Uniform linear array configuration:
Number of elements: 32
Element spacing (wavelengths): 0.5
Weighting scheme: blackman
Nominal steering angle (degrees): -30
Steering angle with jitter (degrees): -28.838
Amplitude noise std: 0.05
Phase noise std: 0.05

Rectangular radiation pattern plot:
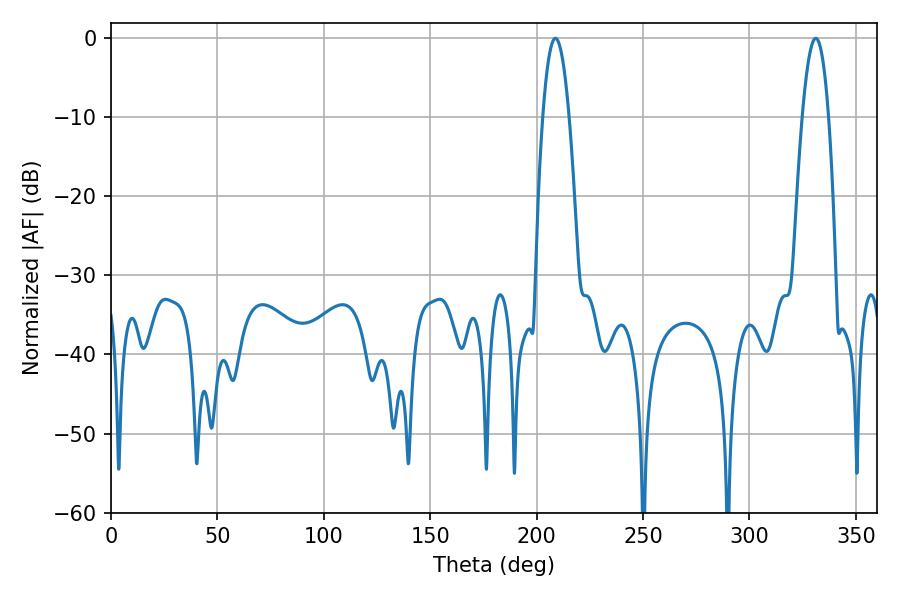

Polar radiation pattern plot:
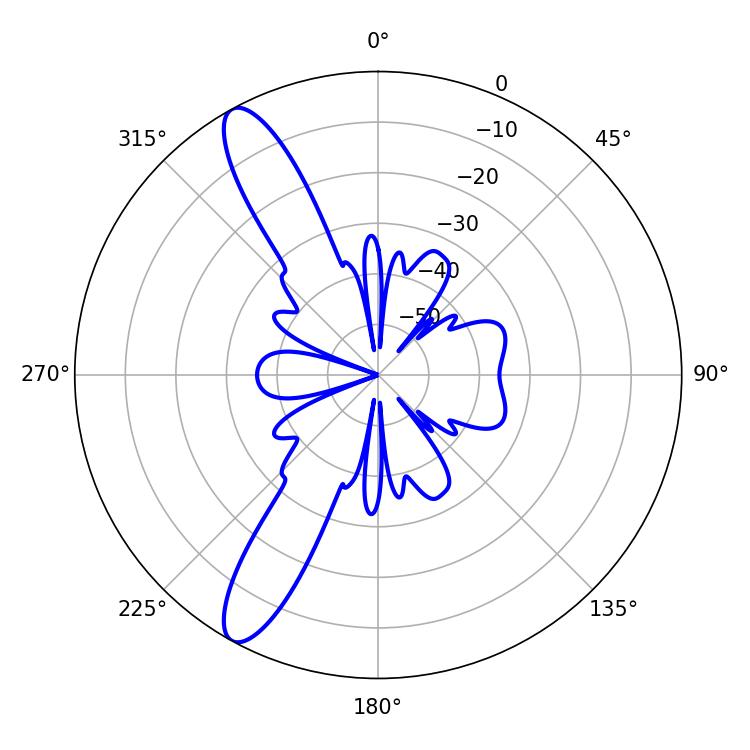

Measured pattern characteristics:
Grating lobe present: FALSE
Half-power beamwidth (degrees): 6.66
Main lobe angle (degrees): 208.8